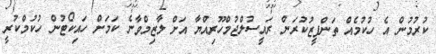
ކުރުމުން އެ ހުކުމެއް ތަންފީޒުކުރަން ރައީސުލްޖުމްހޫރިއްޔާ އަށް ލާޒިމްވާނެ ކަމަށް ހައިކޯޓުން ހުކުމްކުރީ